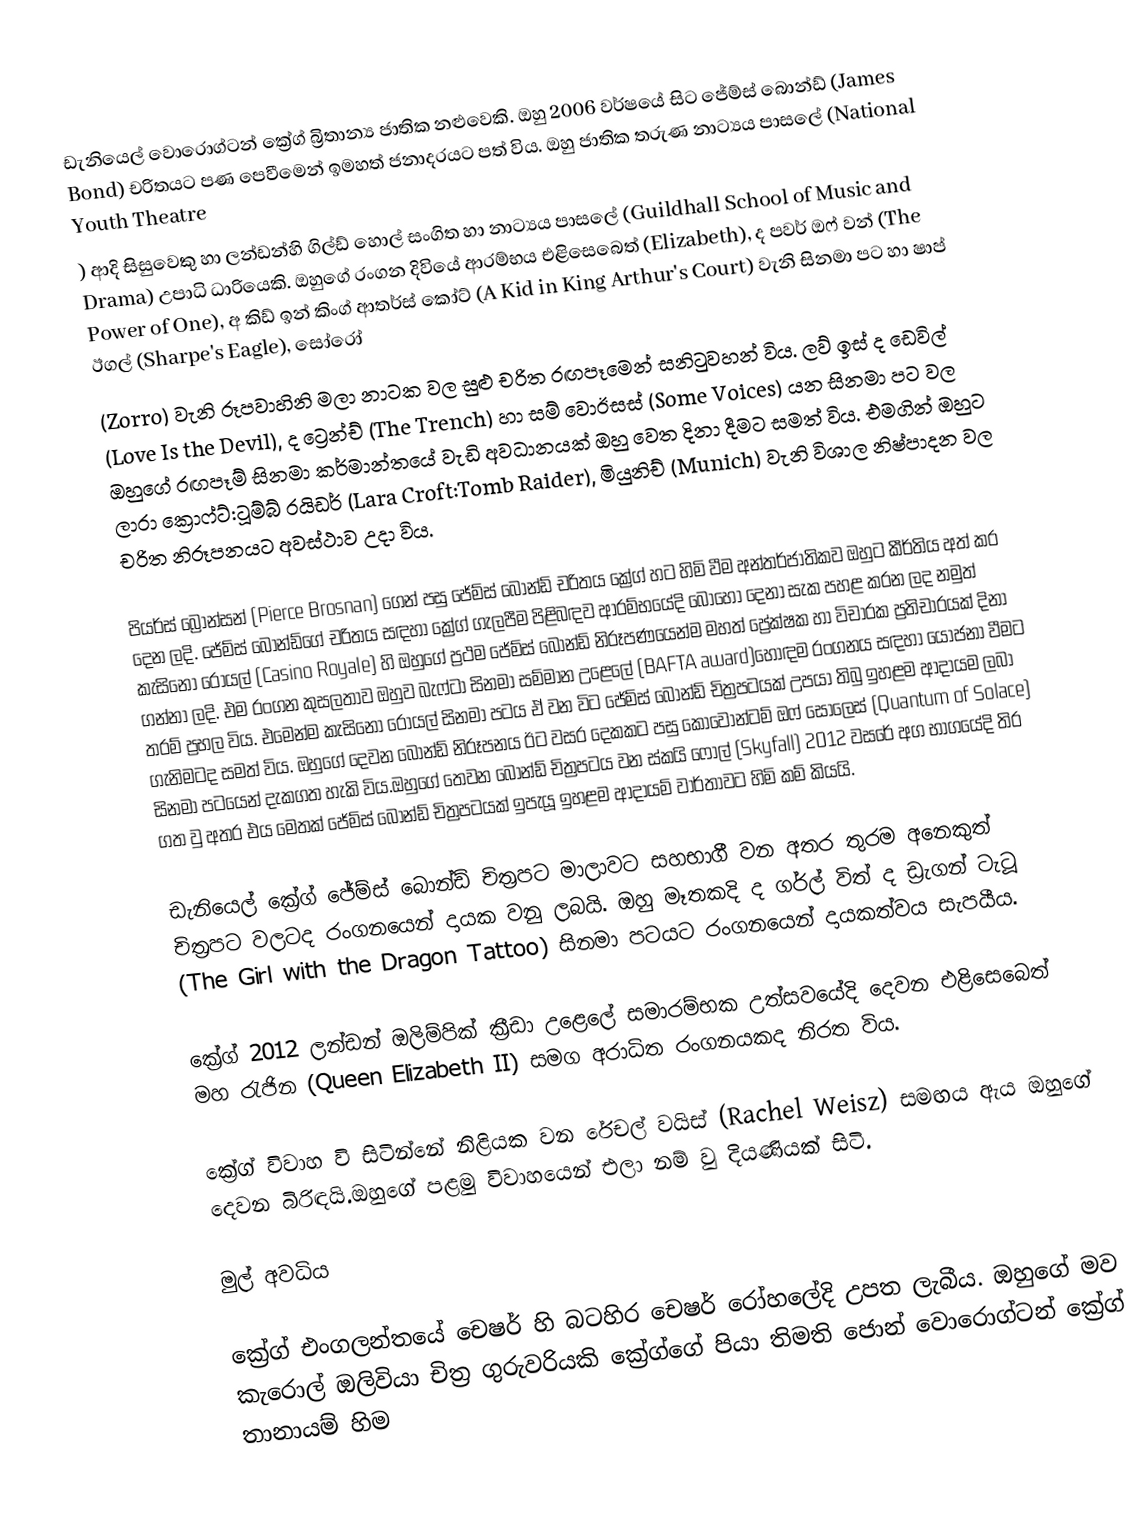
ඩැනියෙල් වොරොග්ටන් ක්‍රේග් බ්‍රිතාන්‍ය ජාතික නළුවෙකි. ඔහු 2006 වර්ෂයේ සිට ජේම්ස් බොන්ඩ් (James Bond) චරිතයට පණ පෙවීමෙන් ඉමහත් ජනාදරයට පත් විය. ඔහු ජාතික තරුණ නාට්‍යය පාසලේ (National Youth Theatre
) ආදි සිසුවෙකු හා ලන්ඩන්හි ගිල්ඩ් හොල් සංගිත හා නාට්‍යය පාසලේ  (Guildhall School of Music and Drama)  උපාධි ධාරියෙකි. ඔහුගේ රංගන දිවියේ ආරම්භය එළිසෙබෙත් (Elizabeth),  ද පවර් ඔෆ් වන් (The Power of One), අ කිඩ් ඉන් කිංග් ආතර්ස් කෝට් (A Kid in King Arthur's Court) වැනි සිනමා පට හා ෂාප් ඊගල් (Sharpe's Eagle), සෝරෝ
(Zorro) වැනි රූපවාහිනි මලා නාටක වල සුළු චරිත රඟපෑමෙන් සනිටුවහන් විය. ලව් ඉස් ද ඩෙවිල් (Love Is the Devil), ද ට්‍රෙන්ච්  (The Trench) හා සම් වොඊසස් (Some Voices) යන සිනමා පට වල ඔහුගේ රඟපෑම් සිනමා කර්මාන්තයේ වැඩි අවධානයක් ඔහු වෙත දිනා දීමට සමත් විය. එමගින් ඔහුට ලාරා ක්‍රොෆ්ට්:ටූම්බ් රයිඩර් (Lara Croft:Tomb Raider), මියුනිච් (Munich) වැනි විශාල නිෂ්පාදන වල චරිත නිරූපනයට අවස්ථාව උදා විය.

පියර්ස් බ්‍රොන්සන් (Pierce Brosnan) ගෙන් පසු ජේම්ස් බොන්ඩ් චරිතය ක්‍රේග් හට හිමි වීම අන්තර්ජාතිකව ඔහුට කීර්තිය අත් කර දෙන ලදි. ජේම්ස් බොන්ඩ්ගේ චරිතය සඳහා ක්‍රේග් ගැලපීම පිළිබඳව ආරම්භයේදි බොහෝ දෙනා සැක පහළ කරන ලද නමුත් කැසිනෝ රෝයල් (Casino Royale) හි ඔහුගේ ප්‍රථම ජේම්ස් බොන්ඩ් නිරූපණයෙන්ම මහත් ප්‍රේක්ෂක හා විචාරක ප්‍රතිචාරයක් දිනා ගන්නා ලදි. එම රංගන කුසලතාව ඔහුව බැෆ්ටා සිනමා සම්මාන උළෙලේ (BAFTA award)හොඳම රංගනය සඳහා යෝජනා වීමට තරම් ප්‍රභල විය. එමෙන්ම කැසිනෝ රෝයල් සිනමා පටය  ඒ වන විට ජේම්ස් බොන්ඩ්  චිත්‍රපටයක් උපයා තිබු ඉහළම ආදායම ලබා ගැනිමටද සමත් විය. ඔහුගේ දෙවන බොන්ඩ් නිරූපනය ඊට වසර දෙකකට පසු කොවොන්ටම් ඔෆ් සොලෙස් (Quantum of Solace) සිනමා පටයෙන් දැකගත හැකි විය.ඔහුගේ තෙවන බොන්ඩ් චිත්‍රපටය වන ස්කයි ෆෝල් (Skyfall) 2012 වසරේ අග භාගයේදි තිර ගත වු අතර එය මෙතක් ජේම්ස් බොන්ඩ් චිත්‍රපටයක් ඉපැයූ ඉහළම ආදායම් වාර්තාවට හිමි කම් කියයි.

ඩැනියෙල් ක්‍රේග් ජේම්ස් බොන්ඩ් චිත්‍රපට මාලාවට සහභාගී වන අතර තුරම අනෙකුත් චිත්‍රපට වලටද රංගනයෙන් දායක වනු ලබයි. ඔහු මෑතකදි ද ගර්ල් විත් ද ඩ්‍රැගන් ටැටූ (The Girl with the Dragon Tattoo) සිනමා පටයට රංගනයෙන් දායකත්වය සැපයීය.

ක්‍රේග් 2012 ලන්ඩන් ඔලිම්පික් ක්‍රීඩා උළෙලේ සමාරම්භක උත්සවයේදි දෙවන එළිසෙබෙත් මහ රැජින (Queen Elizabeth II) සමග අරාධිත රංගනයකද නිරත විය.

ක්‍රේග් විවාහ වි සිටින්නේ නිළියක වන රේචල් වයිස් (Rachel Weisz) සමඟය ඇ‍ය ඔහුගේ දෙවන බිරිඳයි.ඔහුගේ පළමු විවාහයෙන් එලා නම් වු දියණියක් සිටි.

මුල් අවධිය

ක්‍රේග් එංගලන්තයේ චෙෂර් හි බටහිර චෙෂර් රෝහලේදි උපත ලැබීය. ඔහුගේ මව කැරොල් ඔලිවියා චිත්‍ර ගුරුවරියකි ක්‍රේග්ගේ පියා තිමති ජොන් වොරොග්ටන් ක්‍රේග් තානායම් හිම